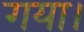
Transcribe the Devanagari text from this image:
गया।